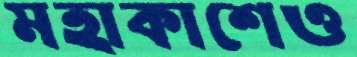
মহাকাশেও